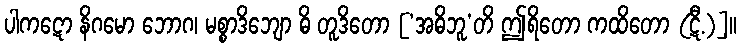
ပါကဋော နိဂမော ဘောဂ၊ မစ္စာဒိဘျော ဓိ တူဒိတော [‘အဓိဘူ’တိ ဤရိတော ကထိတော (ဋီ.)]။